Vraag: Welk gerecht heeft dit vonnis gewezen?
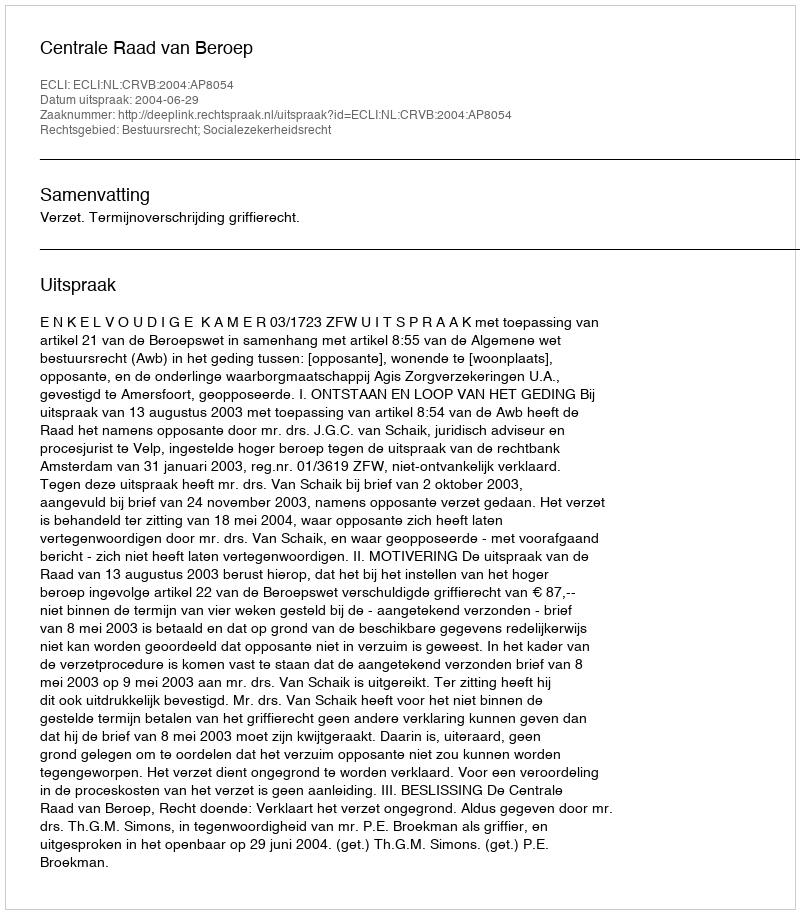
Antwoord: Centrale Raad van Beroep